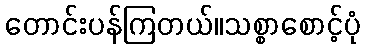
တောင်းပန်ကြတယ်။သစ္စာစောင့်ပုံ